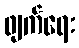
ဖျက်ရေး